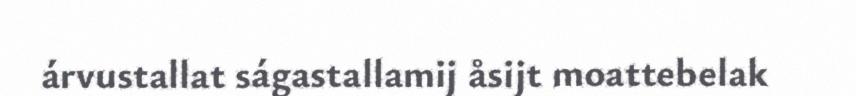
árvustallat ságastallamij åsijt moattebelak